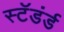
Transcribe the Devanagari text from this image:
स्टॅडंर्ड